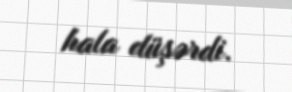
hala düşərdi.